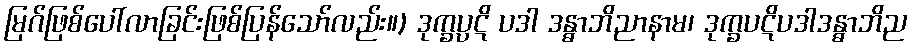
မြဂ်ဖြစ်ပေါ်လာခြင်းဖြစ်ပြန်သော်လည်း။) ဒုက္ခပ္ပဋိ ပဒါ ဒန္ဓာဘိညာနာမ၊ ဒုက္ခပဋိပဒါဒန္ဓာဘိည